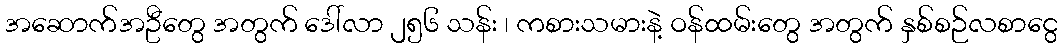
အဆောက်အဦတွေ အတွက် ဒေါ်လာ ၂၅၆ သန်း ၊ ကစားသမားနဲ့ ဝန်ထမ်းတွေ အတွက် နှစ်စဉ်လစာငွေ